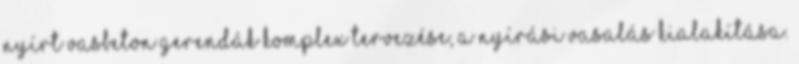
nyírt vasbeton gerendák komplex tervezése, a nyírási vasalás kialakítása.